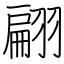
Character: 翩